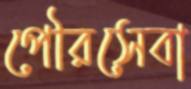
পৌরসেবা